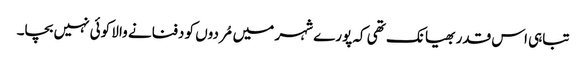
تباہی اس قدر بھیانک تھی کہ پورے شہر میں مُردوں کو دفنانے والا کوئی نہیں بچا۔